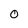
Character: 0